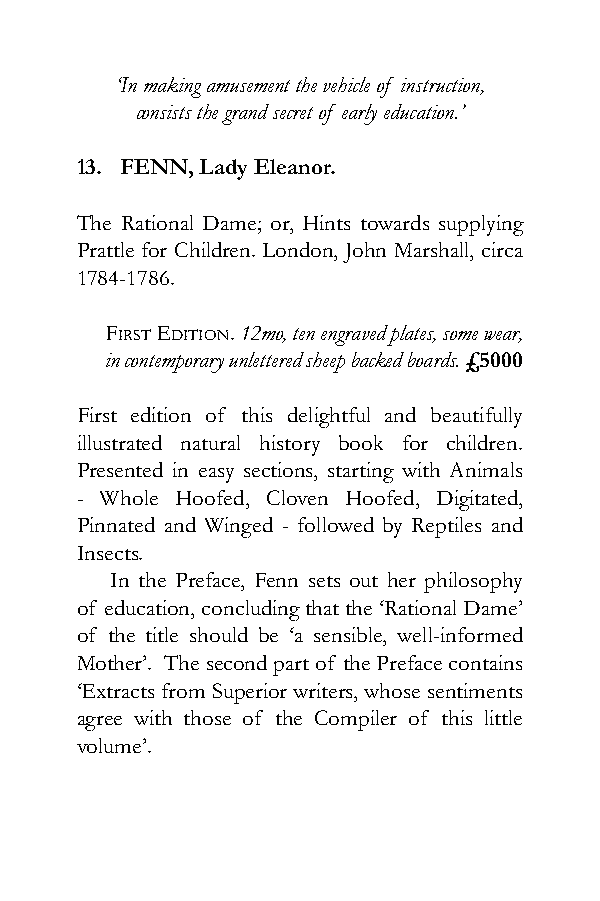
‘In making amusement the vehicle of instruction,
 consists the grand secret of early education.’
 13. FENN, Lady Eleanor.
 The Rational Dame; or, Hints towards supplying
 Prattle for Children. London, John Marshall, circa
 1784-1786.
 First Edition. 12mo, ten engraved plates, some wear,
 in contemporary unlettered sheep backed boards. £5000
 First edition of this delightful and beautifully
 illustrated natural history book for children.
 Presented in easy sections, starting with Animals
 - Whole Hoofed, Cloven Hoofed, Digitated,
 Pinnated and Winged - followed by Reptiles and
 Insects.
 In the Preface, Fenn sets out her philosophy
 of education, concluding that the ‘Rational Dame’
 of the title should be ‘a sensible, well-informed
 Mother’. The second part of the Preface contains
 ‘Extracts from Superior writers, whose sentiments
 agree with those of the Compiler of this little
 volume’.